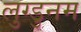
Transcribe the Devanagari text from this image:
लुग्डुनम